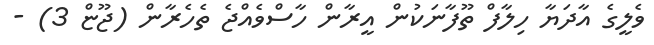
ވެލީގެ އާދަޔާ ހިލާފް ތޫފާނަކުން އީރާން ހާސްވެއްޖެ ތެހެރާން (ޖޫޏް 3) -